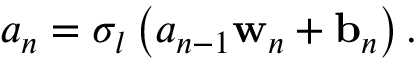
{ a } _ { n } = \sigma _ { l } \left( a _ { n - 1 } \mathbf { w } _ { n } + \mathbf { b } _ { n } \right) .